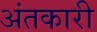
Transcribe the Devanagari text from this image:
अंतकारी